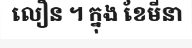
លឿន ។ ក្នុង ខែមីនា